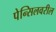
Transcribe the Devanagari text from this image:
पेन्सिलवरील